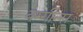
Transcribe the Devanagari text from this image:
बग्गीन्स